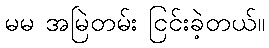
မမ အမြဲတမ်း ငြင်းခဲ့တယ်။